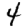
Digit: 4